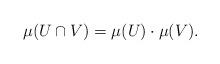
LaTeX: \begin{align*}\mu(U \cap V) = \mu(U) \cdot \mu(V).\end{align*}